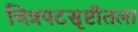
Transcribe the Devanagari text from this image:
चित्रपटसृष्टीतला